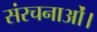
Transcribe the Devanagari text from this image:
संरचनाओं।